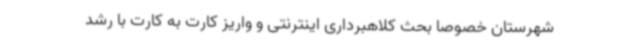
شهرستان خصوصا بحث کلاهبرداری اینترنتی و واریز کارت به کارت با رشد